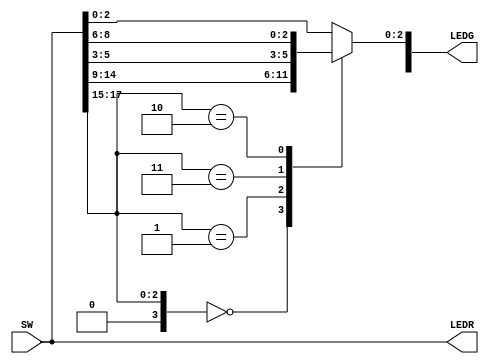
module Lab1_Part3(SW,LEDR,LEDG);
	input [17:0] SW;
	output [17:0] LEDR;
	output [7:0] LEDG;

	wire[2:0] U,V,W,X,Y; //Output value of the MUX
	wire[3:0] selectors = SW[17:15];
	reg[2:0] M; //The outut
	
	//Setup the last 15 switches to each of the inputs
	assign U = SW[14:12];
	assign V = SW[11:9];
	assign W = SW[8:6];
	assign X = SW[5:3];
	assign Y = SW[2:0];

	always @(selectors)//Look uptable for selector bits
		case(selectors)
			4'b0000: M = U; //U
			4'b0001: M = V; //V
			4'b0011: M = X; //X
			4'b0010: M = W; //W
			default: M = Y;
		endcase
	
	assign LEDR = SW;
	
	assign LEDG[2:0] = M;
endmodule